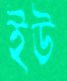
ইউ